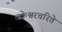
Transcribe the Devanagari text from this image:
चक्रेश्वरचरिते